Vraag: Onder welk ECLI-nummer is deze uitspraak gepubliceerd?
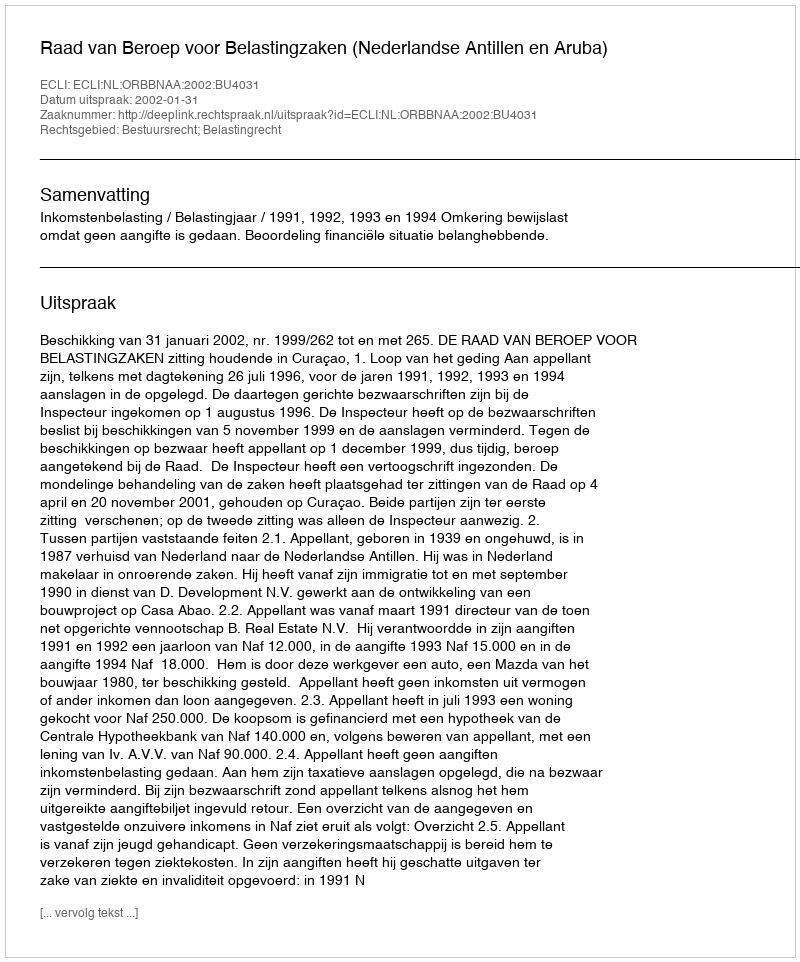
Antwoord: ECLI:NL:ORBBNAA:2002:BU4031